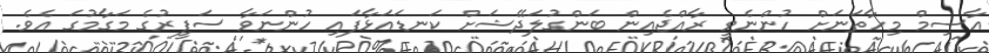
އާސިމް މިހާތަނަށް ހުންނެވީ ރާއްޖެއިން ބަންގުލަދޭޝަށް ކަނޑައަޅާފައި ހުންނަވާ ސަފީރުގެ މަގާމުގަ އެވެ.